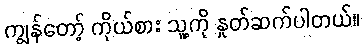
ကျွန်တော့် ကိုယ်စား သူ့ကို နှုတ်ဆက်ပါတယ်။